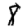
Digit: 8